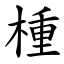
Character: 㮔